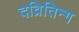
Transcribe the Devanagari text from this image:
दव्रितिन्ग